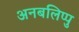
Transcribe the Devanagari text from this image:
अनबलिप्पु